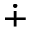
\dotplus